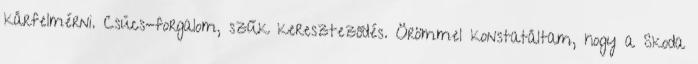
kárfelmérni. Csúcs-forgalom, szűk kereszteződés. Örömmel konstatáltam, hogy a Skoda